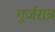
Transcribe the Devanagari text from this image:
गुर्जरात्र